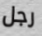
رجل